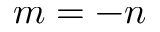
m = - n